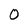
Character: O